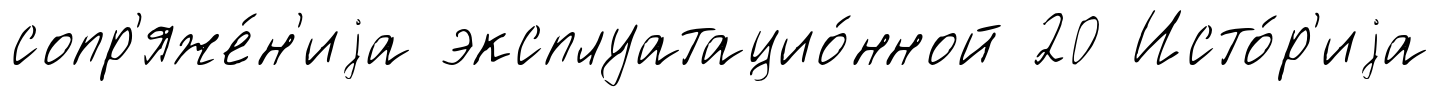
сопр'яже́н'иjа эксплуатацио́нной 20 Исто́р'иjа